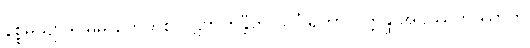
နိစ္စမသျာဒိဝိဓိမှိ ကေဟိစိ ပဋိဗာဟန္တီတိ သိင်္ဂါရတာ ဝိက္ကန္ဒိ အဝဿုတဿာတိ